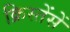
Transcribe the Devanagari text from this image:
क्रिस्तेंसें